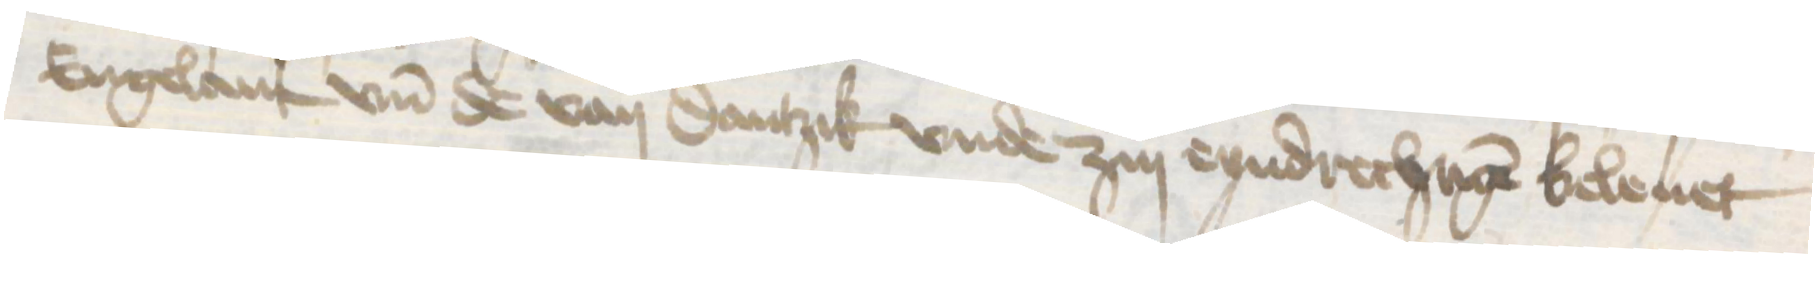
Engelant vnd de van Dantzik vnde zin eyndrechtigen beleuet